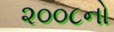
૨૦૦૮નો